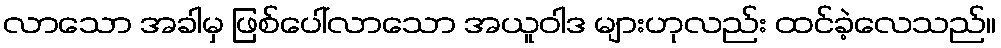
လာသော အခါမှ ဖြစ်ပေါ်လာသော အယူဝါဒ များဟုလည်း ထင်ခဲ့လေသည်။